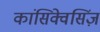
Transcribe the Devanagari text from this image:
कांसिक्वेसिंज़